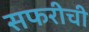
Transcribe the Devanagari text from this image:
सफरीची